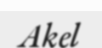
Akel